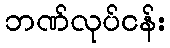
ဘဏ်လုပ်ငန်း